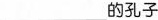
___的孔子